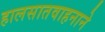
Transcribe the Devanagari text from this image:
हालसातवाहनाने